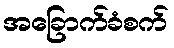
အခြောက်ခံစက်